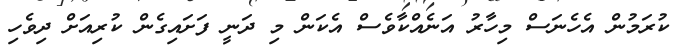
ކުރަމުން އެހެނަސް މިހާރު އަނެއްކާވެސް އެކަން މި ދަނީ ފަށައިގެން ކުރިއަށް ދިވެހި